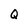
Character: Q